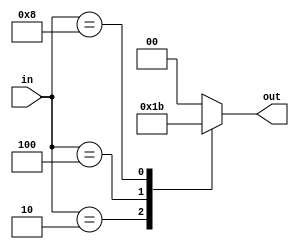
module priority_encoder(input [3:0] in, output reg [1:0] out);

always @(*)
begin
    case(in)
        4'b0001: out = 2'b00; // Highest priority input is 0001
        4'b0010: out = 2'b01; // Highest priority input is 0010
        4'b0100: out = 2'b10; // Highest priority input is 0100
        4'b1000: out = 2'b11; // Highest priority input is 1000
        default: out = 2'b00; // Default output is 00
    endcase
end

endmodule